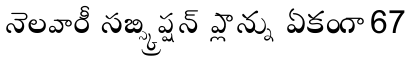
నెలవారీ సబ్స్క్రిప్షన్ ప్లాన్ను ఏకంగా 67